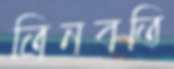
ত্রিনবতি